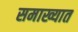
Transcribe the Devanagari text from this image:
समाख्यात